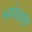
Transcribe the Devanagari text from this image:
धर्मरक्षणा